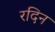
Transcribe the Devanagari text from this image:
रदिन